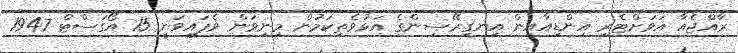
ރާއްޖެއާ އަވަށްޓެރި އިންޑިއާއިން އިނގިރޭސިންގެ އަޅުވެތިކަމުން މިނިވަން ވެފައިވަނީ 15 އޯގަސްޓް 1947